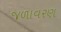
જળાવરણ